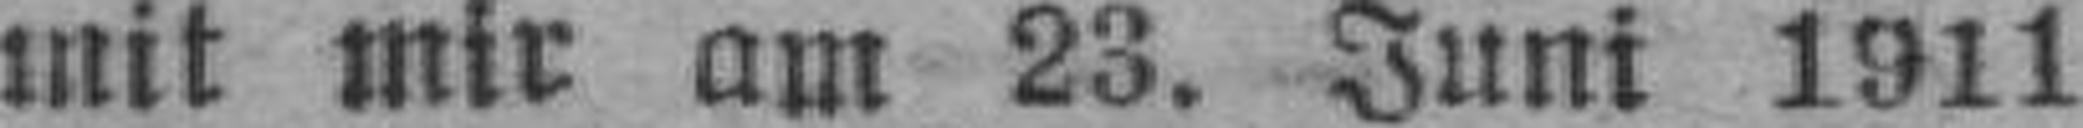
mit mir am 23. Juni 1911